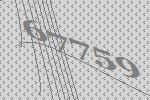
67759